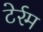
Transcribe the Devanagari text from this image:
टेर्रम